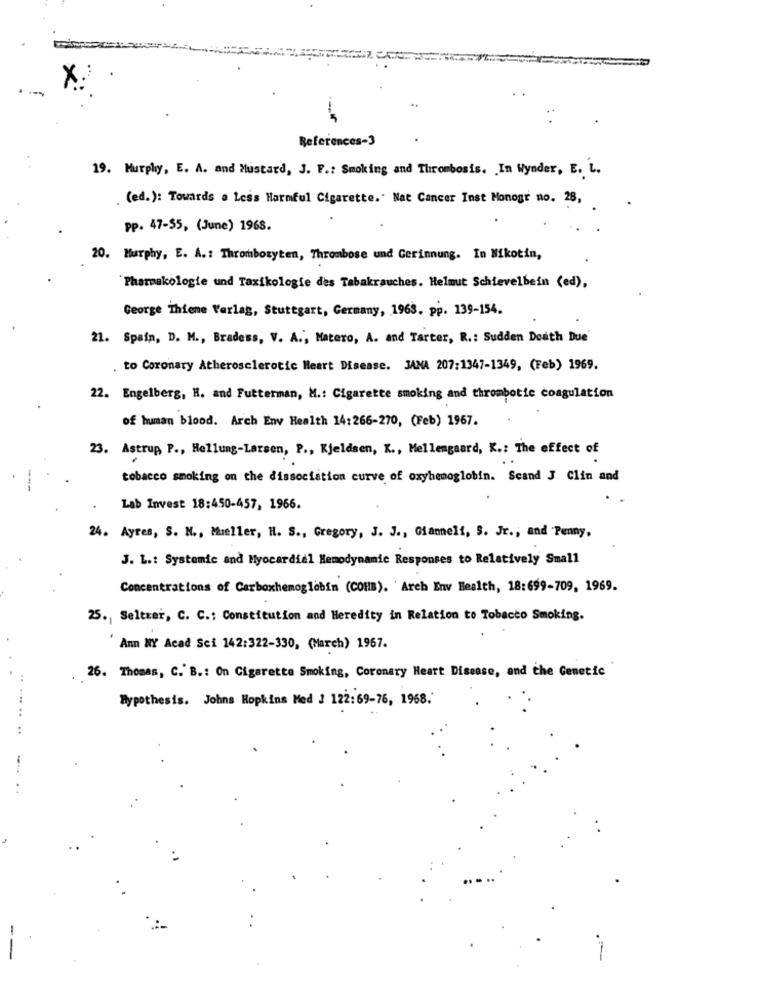
References-3
19. Murphy, E. A. and Mustard, J. F .: Smoking and Thrombosis. . In Wynder, E. L.
(ed.): Towards a Less Harmful Cigarette. Nat Cancer Inst Monogr no. 28,
pp. 47-55, (June) 1968.
20. Murphy, E. A .: Thrombozyten, Thrombose und Gerinnung. In Nikotin,
Pharmakologie und Taxikologie des Tabakrauches. Helmut Schievelbein (ed),
George Thieme Verlag, Stuttgart, Germany, 1963. pp. 139-154.
21. Spain, D. M ., Bradess, V. A ., Matero, A. and Tarter, R .: Sudden Death Due'
. to Coronary Atherosclerotic Heart Disease. JANA 207:1347-1349, (Feb) 1969.
22. Engelberg, H. and Futterman, M .: Cigarette smoking and thrombotic coagulation
of human blood. Arch Env Health 14:266-270, (Feb) 1967.
23. Astrup P ., Hellung-Larsen, P ., Kjeldsen, K ., Mellemgaard, K .: The effect of
tobacco smoking on the dissociation curve of oxyhemoglobin. Scand J Clin and
Lab Invest 18:450-457, 1966.
24. Ayres, S. N ., Mueller, H. S ., Gregory, J. J ., Giameli, S. Jr .; and Penny.
J. L .: Systemic and Myocardial Hemodynamic Responses to Relatively Small
Concentrations of Carboxhemoglobin (COHB). 'Arch Env Health, 18:699-709, 1969.
25 ., Seltzer, C. C .: Constitution and Heredity in Relation to Tobacco Smoking.
Ann NY Acad Sci 142:322-330, (March) 1967.
26. Thomas, C. B .: On Cigarette Smoking, Coronary Heart Disease, and the Genetic
Hypothesis. Johns Hopkins Med 2 122:69-76, 1968.